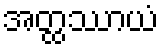
အတ္ထဿာယံ